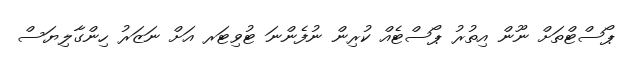
ޕޯސްޓްތަށް ނޫން އިތުރު ޕޯސްޓެއް ކުރިން ނުފެންނަ ޓުވިޓަރ އަށް ނަޒަރު ހިންގާލިޔަސް